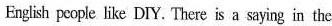
English people like DIY. There is a saying in the